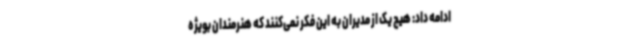
ادامه داد: هیچ یک از مدیران به این فکر نمی‌کنند که هنرمندان بویژه